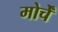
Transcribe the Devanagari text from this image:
मोर्चें